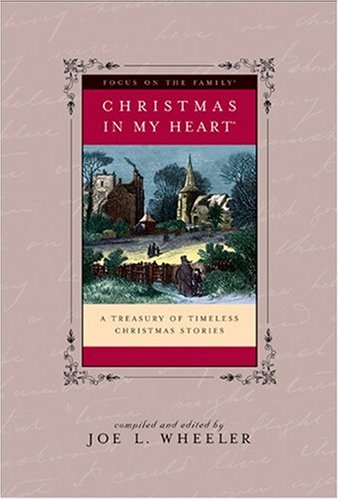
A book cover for Christmas in My Heart, Vol. 13; Joe Wheeler; Christian Books & Bibles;